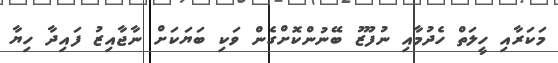
މަކަރާއި ހީލަތް ހެދުމާއި ނުފޫޒު ބޭނުންކޮށްގެން ވަކި ބަޔަކަށް ނާޖާއިޒު ފައިދާ ހިޔާ